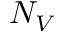
N _ { V }